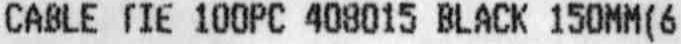
CABLE TIE 100PC 408015 BLACK 150MM(6